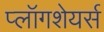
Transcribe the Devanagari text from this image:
प्लॉगशेयर्स